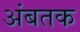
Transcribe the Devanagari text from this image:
अंबतक